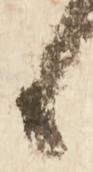
候